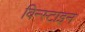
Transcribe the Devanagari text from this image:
विन्स्टाइन